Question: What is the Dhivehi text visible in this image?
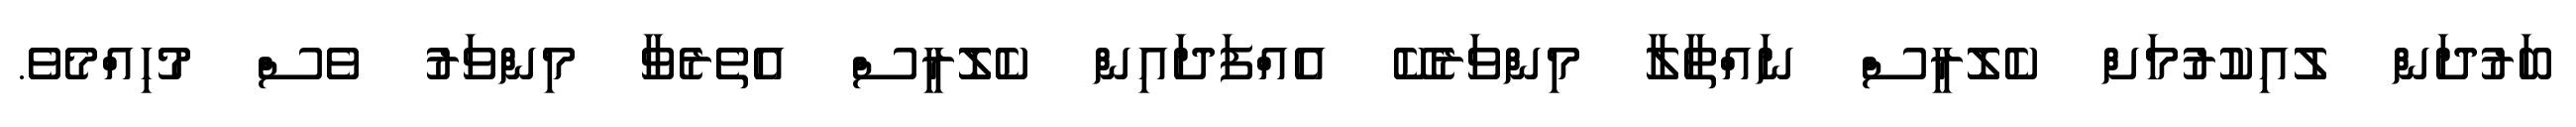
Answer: ބަރުދަން ލުއިކުރުމަށް ކެލޮރީސް ނައްތާލާ މިންވަރެކޭ އެއްފަދައިން ކެލޮރީސް އެތެރެވާ މިންވަރު ވެސް މުހިއްމެވެ.